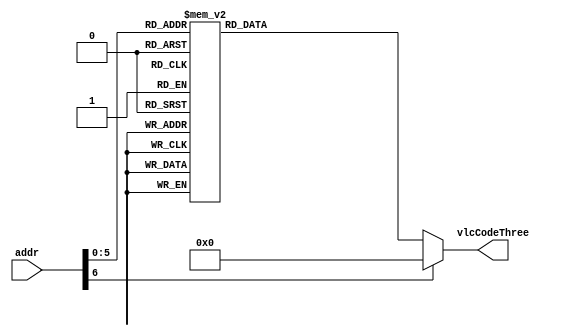
`timescale 1ns / 1ps
//////////////////////////////////////////////////////////////////////////////////
// Company: 
// Engineer: 
// 
// Design Name: 
// Module Name: coeffTokenNumVlcThree
// Project Name: 
// Target Devices: 
// Tool Versions: 
// Description: 
// 
// Dependencies: 
// 
// Revision:
// Revision 0.01 - File Created
// Additional Comments:
// 
//////////////////////////////////////////////////////////////////////////////////


module Coeff_Token_Num_Vlc_Three #(parameter aWIDTH= 7 , vcWIDTH= 8)(
input       [aWIDTH-1  :0] addr,
output  reg [vcWIDTH -1:0] vlcCodeThree
    );
    
// VLCThree is diffeenet as it has a fixed lenght of 6 bits only
//    
    always @(*)begin
      case(addr)
                                             // The length is reduced by one from the original size to save the resources 
                                             // if the length is zero and the value is zero this means that no output in the vlc or it's not a cas 
             // T1s =0   NZQs                    value                    
               {2'h0  ,  5'd0}   : vlcCodeThree = { 6'b000011} ;           // str= 1 
               {2'h0  ,  5'd1 }  : vlcCodeThree = { 6'b000000} ;           // str= 000101             
               {2'h0  ,  5'd2 }  : vlcCodeThree = { 6'b000100} ;           // str= 00000111           
               {2'h0  ,  5'd3 }  : vlcCodeThree = { 6'b001000} ;           // str= 000000111          
               {2'h0  ,  5'd4 }  : vlcCodeThree = { 6'b001100} ;           // str= 0000000111         
               {2'h0  ,  5'd5 }  : vlcCodeThree = { 6'b010000} ;           // str= 00000000111        
               {2'h0  ,  5'd6 }  : vlcCodeThree = { 6'b010100} ;           // str= 0000000001111      
               {2'h0  ,  5'd7 }  : vlcCodeThree = { 6'b011000} ;           // str= 0000000001011      
               {2'h0  ,  5'd8 }  : vlcCodeThree = { 6'b011100} ;           // str= 0000000001000      
               {2'h0  ,  5'd9 }  : vlcCodeThree = { 6'b100000} ;           // str= 00000000001111     
               {2'h0  ,  5'd10}  : vlcCodeThree = { 6'b100100} ;           // str= 00000000001011     
               {2'h0  ,  5'd11}  : vlcCodeThree = { 6'b101000} ;           // str= 000000000001111    
               {2'h0  ,  5'd12}  : vlcCodeThree = { 6'b101100} ;           // str= 000000000001011    
               {2'h0  ,  5'd13}  : vlcCodeThree = { 6'b110000} ;           // str= 0000000000001111   
               {2'h0  ,  5'd14}  : vlcCodeThree = { 6'b110100} ;           // str= 0000000000001011   
               {2'h0  ,  5'd15}  : vlcCodeThree = { 6'b111000} ;           // str= 0000000000000111                  
               {2'h0  ,  5'd16}  : vlcCodeThree = { 6'b111100} ;           // str= 0000000000000100 
                                               
                                               
             // T1s =1   NZQs                   value                    
               {2'h1  ,  5'd0}   : vlcCodeThree = { 6'b000010} ;           // str= ""  No thing  000010 this is the output for no thing         
               {2'h1  ,  5'd1 }  : vlcCodeThree = { 6'b000010} ;           // str= "01"               
               {2'h1  ,  5'd2 }  : vlcCodeThree = { 6'b000101} ;           // str= "000100"           
               {2'h1  ,  5'd3 }  : vlcCodeThree = { 6'b001001} ;           // str= "00000110"         
               {2'h1  ,  5'd4 }  : vlcCodeThree = { 6'b001101} ;           // str= "000000110"        
               {2'h1  ,  5'd5 }  : vlcCodeThree = { 6'b010001} ;           // str= "0000000110"       
               {2'h1  ,  5'd6 }  : vlcCodeThree = { 6'b010101} ;           // str= "00000000110"       
               {2'h1  ,  5'd7 }  : vlcCodeThree = { 6'b011001} ;           // str= "0000000001110"     
               {2'h1  ,  5'd8 }  : vlcCodeThree = { 6'b011101} ;           // str= "0000000001010"     
               {2'h1  ,  5'd9 }  : vlcCodeThree = { 6'b100001} ;           // str= "00000000001110"    
               {2'h1  ,  5'd10}  : vlcCodeThree = { 6'b100101} ;           // str= "00000000001010"    
               {2'h1  ,  5'd11}  : vlcCodeThree = { 6'b101001} ;           // str= "000000000001110"   
               {2'h1  ,  5'd12}  : vlcCodeThree = { 6'b101101} ;           // str= "000000000001010"   
               {2'h1  ,  5'd13}  : vlcCodeThree = { 6'b110001} ;           // str= "000000000000001"   
               {2'h1  ,  5'd14}  : vlcCodeThree = { 6'b110101} ;           // str= "0000000000001110"   
               {2'h1  ,  5'd15}  : vlcCodeThree = { 6'b111001} ;           // str= "0000000000001010"                  
               {2'h1  ,  5'd16}  : vlcCodeThree = { 6'b111101} ;           // str= "0000000000000110" 
                                               
             // T1s =2   NZQs                   value                    
               {2'h0  ,  5'd0}   : vlcCodeThree = { 6'b000010} ;           // str= ""     No thing         
               {2'h0  ,  5'd1 }  : vlcCodeThree = { 6'b000010} ;           // str= ""     No thing            
               {2'h0  ,  5'd2 }  : vlcCodeThree = { 6'b000110} ;           // str= "001"            
               {2'h0  ,  5'd3 }  : vlcCodeThree = { 6'b001010} ;           // str= "0000101"        
               {2'h0  ,  5'd4 }  : vlcCodeThree = { 6'b001110} ;           // str= "00000101"       
               {2'h0  ,  5'd5 }  : vlcCodeThree = { 6'b010010} ;           // str= "000000101"      
               {2'h0  ,  5'd6 }  : vlcCodeThree = { 6'b010110} ;           // str= "0000000101"        
               {2'h0  ,  5'd7 }  : vlcCodeThree = { 6'b011010} ;           // str= "00000000101"       
               {2'h0  ,  5'd8 }  : vlcCodeThree = { 6'b011110} ;           // str= "0000000001101"     
               {2'h0  ,  5'd9 }  : vlcCodeThree = { 6'b100010} ;           // str= "0000000001001"     
               {2'h0  ,  5'd10}  : vlcCodeThree = { 6'b100110} ;           // str= "00000000001101"    
               {2'h0  ,  5'd11}  : vlcCodeThree = { 6'b101010} ;           // str= "00000000001001"    
               {2'h0  ,  5'd12}  : vlcCodeThree = { 6'b101110} ;           // str= "000000000001101"   
               {2'h0  ,  5'd13}  : vlcCodeThree = { 6'b110010} ;           // str= "000000000001001"   
               {2'h0  ,  5'd14}  : vlcCodeThree = { 6'b110110} ;           // str= "0000000000001101"   
               {2'h0  ,  5'd15}  : vlcCodeThree = { 6'b111010} ;           // str= "0000000000001001"                  
               {2'h0  ,  5'd16}  : vlcCodeThree = { 6'b111110} ;           // str= "0000000000000101" 
                                               
             // T1s =3   NZQs                   value                    
               {2'h0  ,  5'd0}   : vlcCodeThree = { 6'b000010} ;           // str= ""        No thing         
               {2'h0  ,  5'd1 }  : vlcCodeThree = { 6'b000010} ;           // str= ""        No thing           
               {2'h0  ,  5'd2 }  : vlcCodeThree = { 6'b000010} ;           // str= ""        No thing  
               {2'h0  ,  5'd3 }  : vlcCodeThree = { 6'b010111} ;           // str= "00011"     
               {2'h0  ,  5'd4 }  : vlcCodeThree = { 6'b011011} ;           // str= "000011"    
               {2'h0  ,  5'd5 }  : vlcCodeThree = { 6'b011111} ;           // str= "0000100"   
               {2'h0  ,  5'd6 }  : vlcCodeThree = { 6'b100011} ;           // str= "00000100"   
               {2'h0  ,  5'd7 }  : vlcCodeThree = { 6'b100111} ;           // str= "000000100"  
               {2'h0  ,  5'd8 }  : vlcCodeThree = { 6'b101011} ;           // str= "0000000100" 
               {2'h0  ,  5'd9 }  : vlcCodeThree = { 6'b101111} ;           // str= "00000000100"  
               {2'h0  ,  5'd10}  : vlcCodeThree = { 6'b110011} ;           // str= "0000000001100"  
               {2'h0  ,  5'd11}  : vlcCodeThree = { 6'b110111} ;           // str= "00000000001100"  
               {2'h0  ,  5'd12}  : vlcCodeThree = { 6'b111011} ;           // str= "00000000001000"  
               {2'h0  ,  5'd13}  : vlcCodeThree = { 6'b111111} ;           // str= "000000000001100"  
               {2'h0  ,  5'd14}  : vlcCodeThree = { 6'b111111} ;           // str= "000000000001000"   
               {2'h0  ,  5'd15}  : vlcCodeThree = { 6'b111111} ;           // str= "0000000000001100"                  
               {2'h0  ,  5'd16}  : vlcCodeThree = { 6'b111111} ;           // str= "0000000000001000" 
                                 
                default:vlcCodeThree = 8'h00;
            endcase    
    end   
endmodule